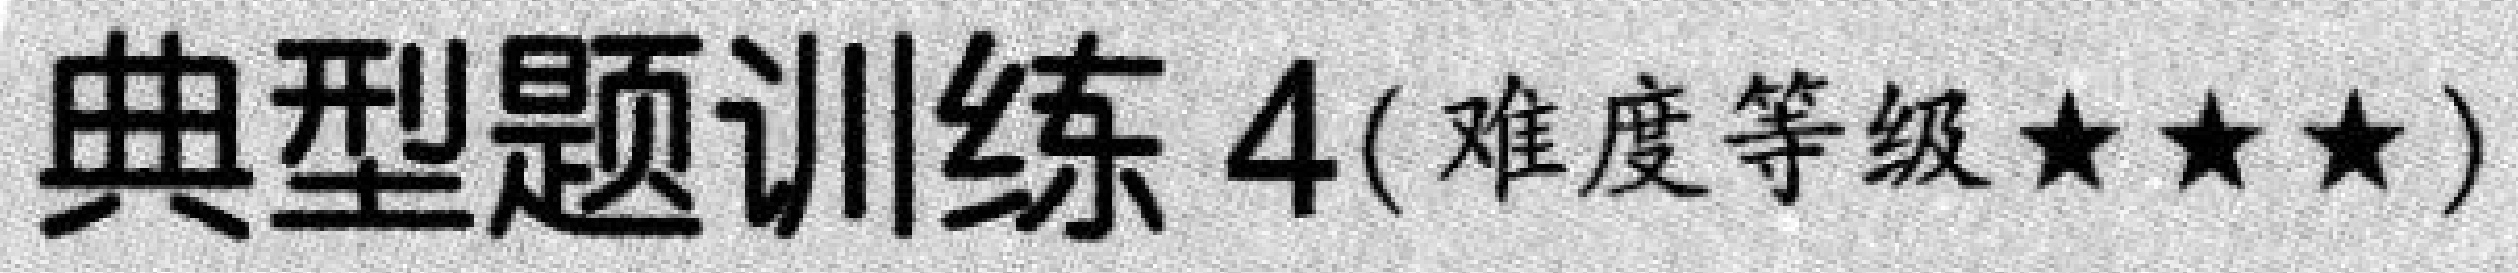
典型题训练 \(4\)（难度等级\(★★★\)）